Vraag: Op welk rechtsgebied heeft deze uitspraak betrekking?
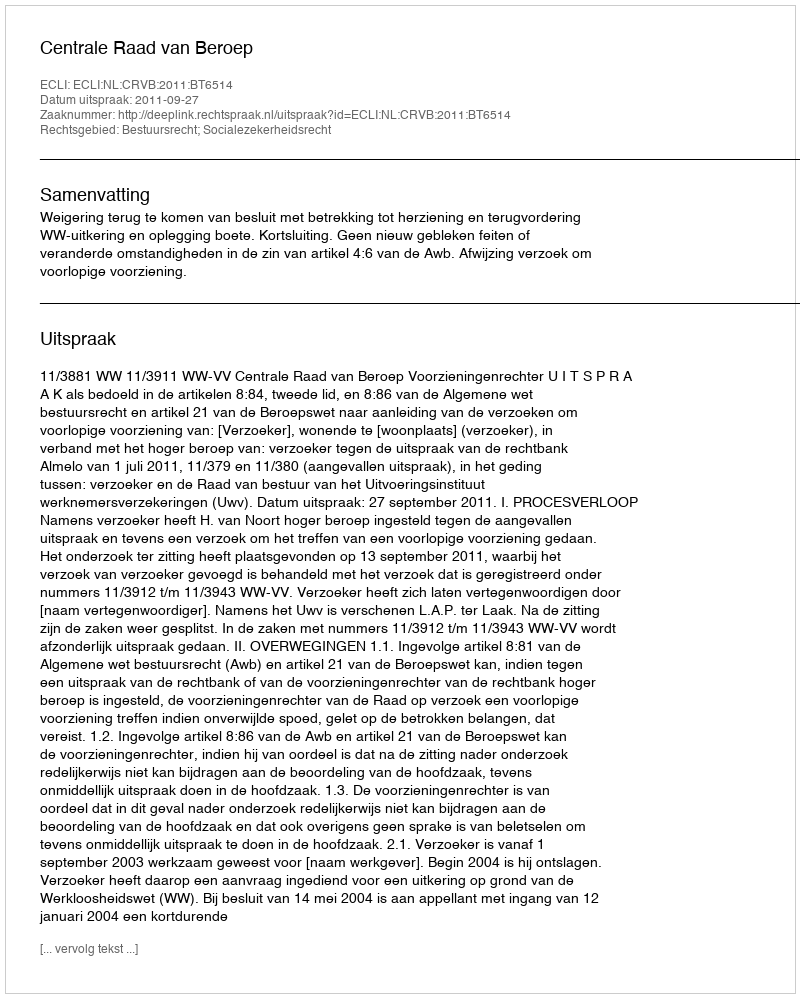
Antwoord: Bestuursrecht; Socialezekerheidsrecht